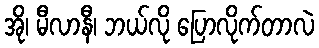
အို၊ မီလာနီ၊ ဘယ်လို ပြောလိုက်တာလဲ